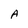
Character: A